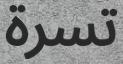
تسرة